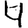
Digit: 4